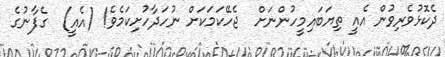
ދެކޮޅުވެރިވުން އެއީ ތިޔަބައިމީހުންނަށް  ޖެހޭކަމަކަށް ނުހަދާހުށިކަމެވެ! (އެއީ)  ގެފާނުގެ